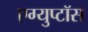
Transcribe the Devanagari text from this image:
एग्युप्टॉस